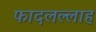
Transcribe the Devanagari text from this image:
फादलल्लाह